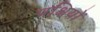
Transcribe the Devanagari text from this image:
पक्षियों